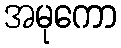
အမုကော